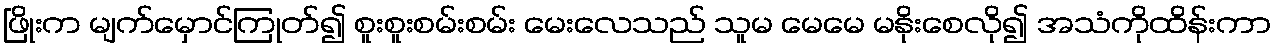
ဖြိုးက မျက်မှောင်ကြုတ်၍ စူးစူးစမ်းစမ်း မေးလေသည် သူမ မေမေ မနိုးစေလို၍ အသံကိုထိန်းကာ